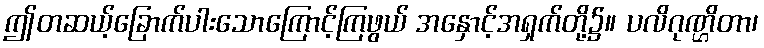
ဤတဆယ့်ခြောက်ပါးသောကြောင့်ကြဖွယ် အနှောင့်အရှက်တို့၌။ ပလိဂုဏ္ဌိတာ၊